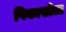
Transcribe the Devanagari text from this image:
पिकासोला